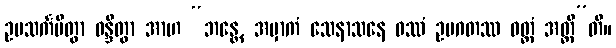
ဥပသင်္ကမိတွာ ဝန္ဒိတွာ အာဟ “ဘန္တေ, အမှာကံ သေနာသနေ ဝဿံ ဥပဂတဿ ဝတ္တံ အတ္ထီ”တိ။